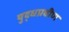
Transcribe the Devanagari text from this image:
युद्धप्रवीण